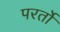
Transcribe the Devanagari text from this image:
परर्तो